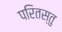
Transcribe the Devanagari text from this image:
परितस्तु